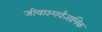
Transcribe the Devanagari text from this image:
जीवाश्मवैज्ञानिक